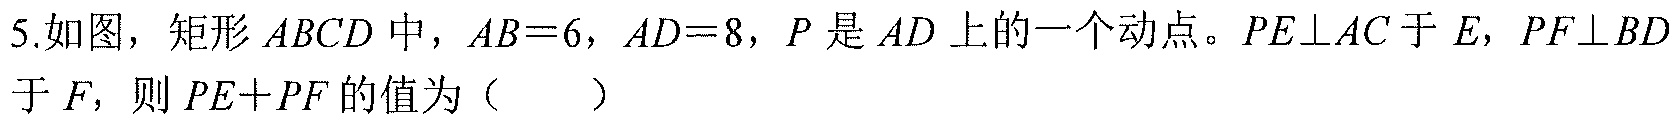
5.如图，矩形\(ABCD\)中，\(AB = 6\)，\(AD = 8\)，\(P\)是\(AD\)上的一个动点。\(PE\perp AC\)于\(E\)，\(PF\perp BD\)于\(F\)，则\(PE + PF\)的值为（  ）